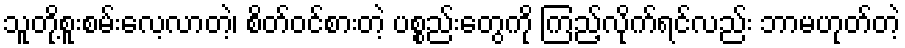
သူတို့စူးစမ်းလေ့လာတဲ့၊ စိတ်ဝင်စားတဲ့ ပစ္စည်းတွေကို ကြည့်လိုက်ရင်လည်း ဘာမဟုတ်တဲ့